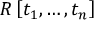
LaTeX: R \left[ t _ { 1 } , \ldots , t _ { n } \right]